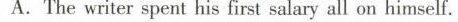
A. The writer spent his first salary all on himself.